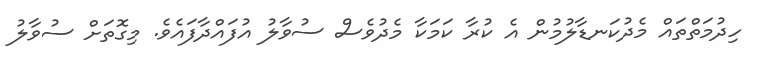
ހިދުމަތްތައް މެދުކަނޑާލުމުން އެ ކުރާ ކަމަކާ މެދުވެސް ސުވާލު އުފައްދާފައެވެ. މިގޮތަށް ސުވާލު